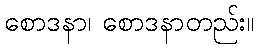
စောဒနာ၊ စောဒနာတည်း။